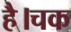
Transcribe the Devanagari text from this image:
है।चक